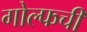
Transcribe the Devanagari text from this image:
गोल्फची